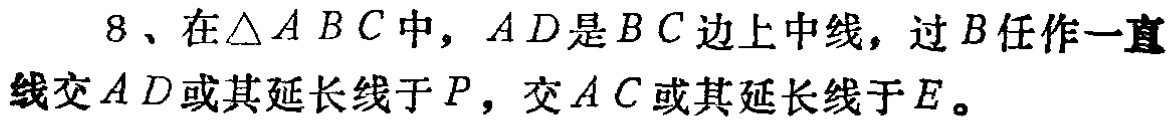
8、在\(\triangle ABC\)中，\(AD\)是\(BC\)边上中线，过\(B\)任作一直线交\(AD\)或其延长线于\(P\)，交\(AC\)或其延长线于\(E\)。